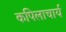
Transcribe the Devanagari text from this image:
कपिलाचार्य